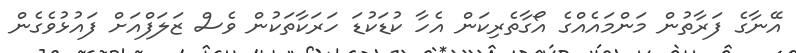
އޭނާގެ ފަރާތުން މަންމައެއްގެ އޯގާތެރިކަން އެހާ ކުޑަކުޑަ ހަރަކާތަކުން ވެސް ޒަލަފްއަށް ފައުޅުވެގެން